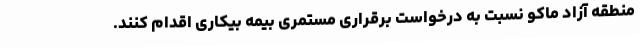
منطقه آزاد ماکو نسبت به درخواست برقراری مستمری بیمه بیکاری اقدام کنند.